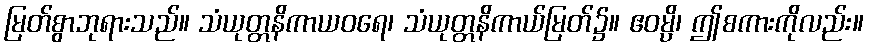
မြတ်စွာဘုရားသည်။ သံယုတ္တနိကာယဝရေ၊ သံယုတ္တနိကာယ်မြတ်၌။ ဧဝမ္ပိ၊ ဤစကားကိုလည်း။